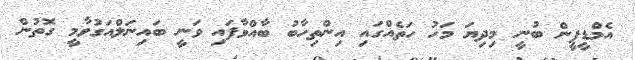
އެމްޑީޕީން ބުނީ މިދިޔަ މަހު ހަތެއްގައި އިންތިހާބު ބާއްވާފައި ވަނީ ބައިނަލްއަގުވާމީ ގޮތުން